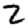
Digit: 2